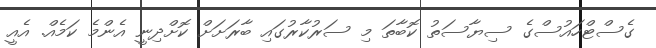
ގެސްޓްހައުސްގެ ސިޔާސަތު ކޮބާތަ މި ސަރުކާރުގައި ބާރަށަށް ކޮށްދިނީ އެންމެ ކަމެއް. އެއީ